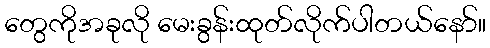
တွေကိုအခုလို မေးခွန်းထုတ်လိုက်ပါတယ်နော်။